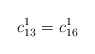
\begin{align*}c_{13}^1=c_{16}^1\end{align*}